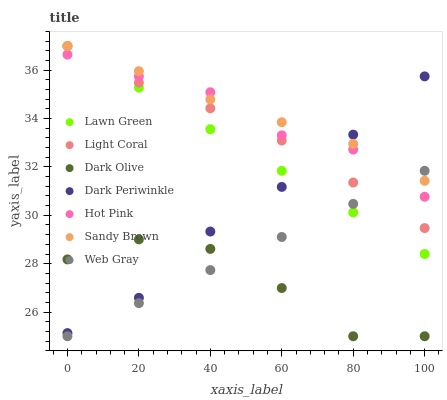
| xaxis_label | Lawn Green | Light Coral | Dark Olive | Dark Periwinkle | Hot Pink | Sandy Brown | Web Gray |
 | --- | --- | --- | --- | --- | --- | --- | --- |
 | 0 | 37 | 37 | 28.2 | 25.1 | 36.6 | 37 | 25 |
 | 20 | 35.3 | 35.5 | 29 | 26.6 | 35.7 | 36 | 26.4 |
 | 40 | 33.6 | 34.4 | 28.6 | 29.3 | 35.1 | 34.8 | 27.7 |
 | 60 | 31.8 | 33.1 | 27 | 31.2 | 33.3 | 33.8 | 29.1 |
 | 80 | 30.1 | 31.4 | 25 | 33.3 | 32.7 | 33 | 30.5 |
 | 100 | 28.4 | 29.5 | 25 | 35.7 | 30.8 | 31.4 | 31.8 |